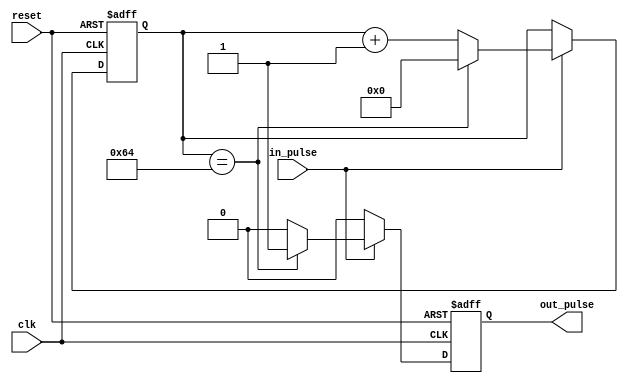
module PulseSynchronizer(
    input wire clk,
    input wire reset,
    input wire in_pulse,
    output reg out_pulse
);

reg [15:0] counter;

always @(posedge clk or posedge reset) begin
    if(reset) begin
        counter <= 16'b0;
        out_pulse <= 1'b0;
    end else begin
        if(in_pulse) begin
            counter <= counter + 1;
            if(counter == 16'd100) begin
                out_pulse <= 1'b1;
                counter <= 16'b0;
            end else begin
                out_pulse <= 1'b0;
            end
        end else begin
            out_pulse <= 1'b0;
        end
    end
end

endmodule